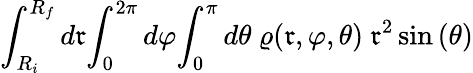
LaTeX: \int_{R_{i}}^{R_{f}}{d\mathfrak{r}}{\int_{0}^{2\pi}{d\varphi}{\int_{0}^{\pi}{d\theta}{\ \varrho{(\mathfrak{r},\varphi,\theta)}\ \mathfrak{r}^{2}\sin{(\theta)}}}}